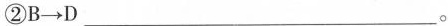
②B \rightarrow D___ 。